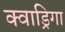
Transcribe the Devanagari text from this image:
क्वाड्रिगा